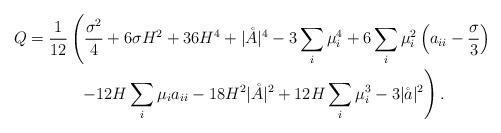
LaTeX: \begin{align*}Q =\frac{1}{12}&\left(\frac{\sigma^2}{4} + 6\sigma H^2 +36H^4 +\vert \mathring{A}\vert^4 - 3\sum_i\mu_i^4 +6\sum_i \mu_i^2\left(a_{ii}-\frac{\sigma}{3}\right)\right.\\ &\left.\ \ -12H\sum_i \mu_i a_{ii} -18H^2\vert \mathring{A}\vert^2 +12H\sum_i \mu_i^3 -3 \vert\mathring{a}\vert^2\right).\end{align*}